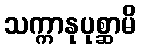
သက္ကာနုပုစ္ဆာမိ